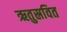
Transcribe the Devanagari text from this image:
ऋतुस्रवित